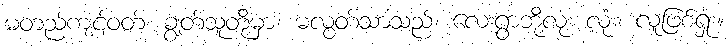
မတည်ကျင့်ဝတ်၊ ချွတ်သူတို့မှာ၊ မလွတ်သာသည်၊ လေးရွာဘို့လုံး လုံး၊ လူဖြစ်ရှုံး။